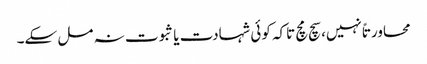
محاورتاً نہیں، سچ مچ تاکہ کوئی شہادت یا ثبوت نہ مل سکے۔